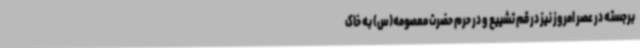
برجسته در عصر امروز نیز در قم تشییع و در حرم حضرت معصومه(س) به خاک